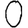
Digit: 0